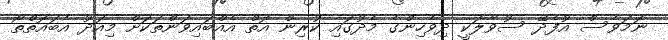
ނަމަވެސް އުފެދޭ ސުވާލަކީ ދިވެހިންގެ މެދުގައި ކުރިން އޮތް އެއްބައިވަންތަކަށް މިއަދު އެބައޮތްތޯ